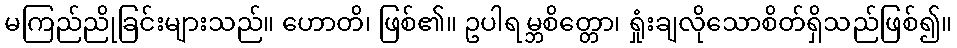
မကြည်ညိုခြင်းများသည်။ ဟောတိ၊ ဖြစ်၏။ ဥပါရမ္ဘစိတ္တော၊ ရှုံးချလိုသောစိတ်ရှိသည်ဖြစ်၍။